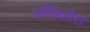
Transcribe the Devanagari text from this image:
पर्विफ्लोरा